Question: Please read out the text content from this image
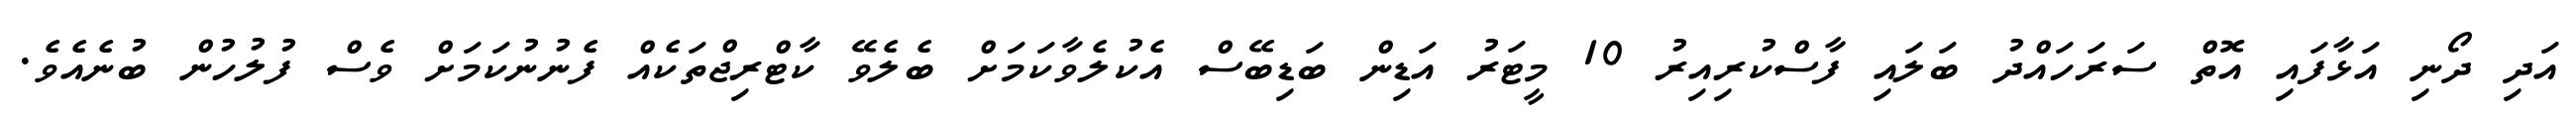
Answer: އަދި ދޯނި އަޅާފައި އޮތް ސަރަހައްދު ބަލައި ފާސްކުރިއިރު 10 މީޓަރު އަޑިން ބަޑިބޭސް އެކުލެވާކަމަށް ބެލެވޭ ކާޓްރިޖްތަކެއް ފެނުނުކަމަށް ވެސް ފުލުހުން ބުނެއެވެ.